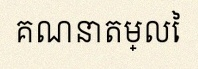
គណនាតម្លៃ